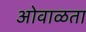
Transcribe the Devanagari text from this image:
ओवाळता